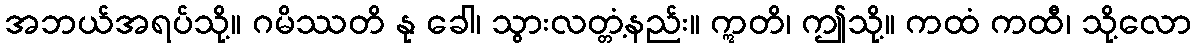
အဘယ်အရပ်သို့။ ဂမိဿတိ နု ခေါ၊ သွားလတ္တံ့နည်း။ ဣတိ၊ ဤသို့။ ကထံ ကထီ၊ သို့လော